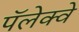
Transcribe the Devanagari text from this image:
पॅलेक्वे